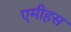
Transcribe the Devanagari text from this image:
एमीहस